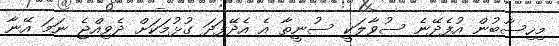
މިހިސާބުން އުފެދޭނެ ސުވާލަކީ ސުނީތާ އެ އެދޭފަދަ ގުޅުމަކަށް ދެވިއްޖެ ނަމަ އޭނާ